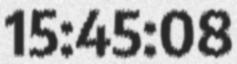
15:45:08